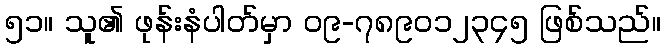
၅၁။ သူ၏ ဖုန်းနံပါတ်မှာ ၀၉-၇၈၉၀၁၂၃၄၅ ဖြစ်သည်။